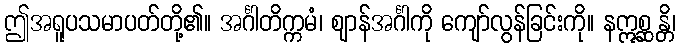
ဤအရူပသမာပတ်တို့၏။ အင်္ဂါတိက္ကမံ၊ ဈာန်အင်္ဂါကို ကျော်လွန်ခြင်းကို။ နဣစ္ဆန္တိ၊